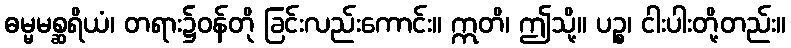
ဓမ္မမစ္ဆရိယံ၊ တရား၌ဝန်တို ခြင်းလည်းကောင်း။ ဣတိ၊ ဤသို့။ ပဉ္စ၊ ငါးပါးတို့တည်း။